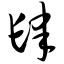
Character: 肆